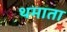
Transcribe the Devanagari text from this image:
थमाता